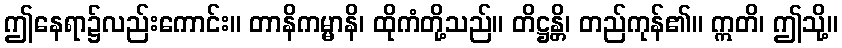
ဤနေရာ၌လည်းကောင်း။ တာနိကမ္မာနိ၊ ထိုကံတို့သည်။ တိဋ္ဌန္တိ၊ တည်ကုန်၏။ ဣတိ၊ ဤသို့။